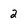
Character: 2